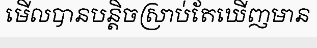
មើលបានបន្តិចស្រាប់តែឃើញមាន